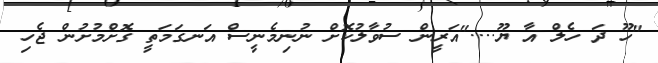
"ހޫ ދަ ހެލް އާ ޔޫ...."އަރީން ސުވާލުކޮށް ނުނިމެނީސް އަނގަމަތީ ގޮށްމުށުން ޖެހި